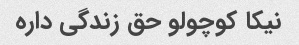
نیکا کوچولو حق زندگی داره